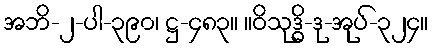
အဘိ-၂-ပါ-၃၉၀၊ ဋ္ဌ-၄၈၃။ ။ဝိသုဒ္ဓိ-ဒု-အုပ်-၃၂၄။